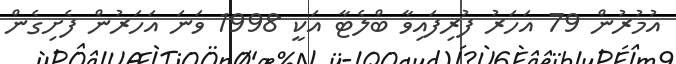
އުމުރުން 79 އަހަރު ފުރިފައިވާ ބްލެޓާ އަކީ 1998 ވަނަ އަހަރުން ފެށިގެން